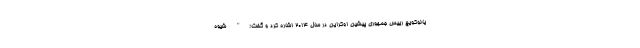
یانوکویچ رییس جمهوری پیشین اوکراین در سال 2014 اشاره کرد و گفت:" شیوه